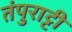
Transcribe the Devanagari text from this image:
तंपुराट्टी